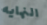
النهايه